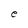
Character: e